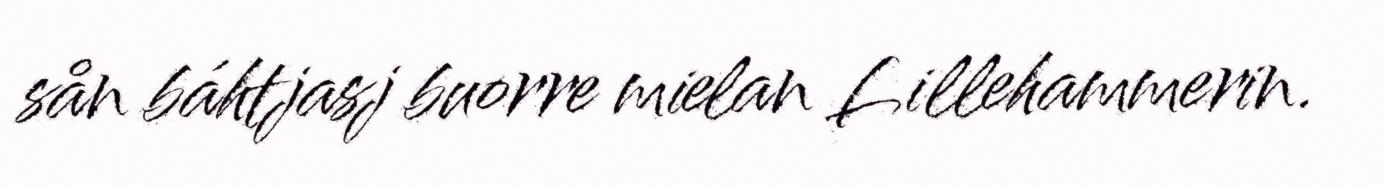
sån báhtjasj buorre mielan Lillehammerin.